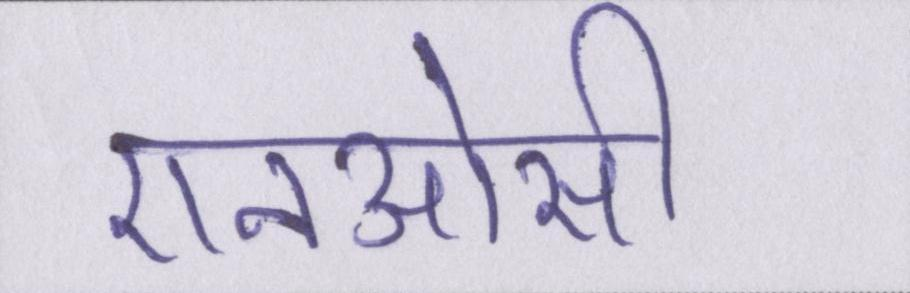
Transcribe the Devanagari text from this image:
एनओसी